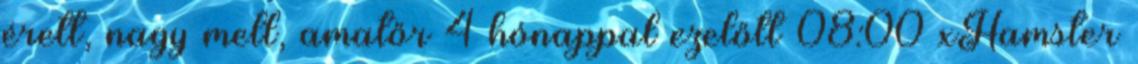
érett, nagy mell, amatőr 4 hónappal ezelőtt 08:00 xHamster